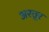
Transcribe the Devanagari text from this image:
अरतुर